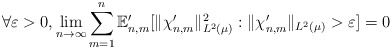
\begin{align*} \forall \varepsilon > 0, \lim_{n \to \infty} \sum_{m=1}^n \mathbb{E}_{n,m}' [ \|\chi_{n,m}' \|_{L^2(\mu)}^2 : \|\chi_{n,m}' \|_{L^2( \mu)} > \varepsilon ] = 0 \end{align*}